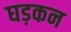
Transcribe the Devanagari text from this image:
घड़कन